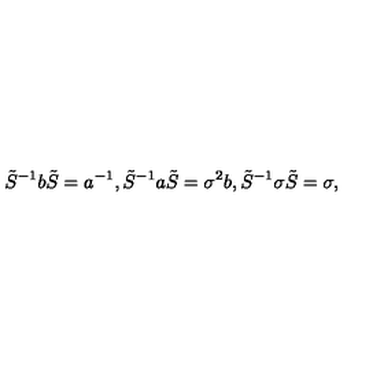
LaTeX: \tilde { S } ^ { - 1 } b \tilde { S } = a ^ { - 1 } , \tilde { S } ^ { - 1 } a \tilde { S } = \sigma ^ { 2 } b , \tilde { S } ^ { - 1 } \sigma \tilde { S } = \sigma ,